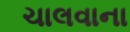
ચાલવાના